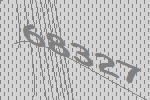
68327